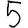
Digit: 5